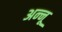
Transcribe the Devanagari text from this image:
अन्‍नू